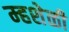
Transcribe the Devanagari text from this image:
म्हशेळी